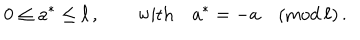
0 \leq a ^ { * } \leq \ell \, , \qquad \mathrm { w i t h } \quad a ^ { * } = - a \quad ( \mathrm { m o d } \, \ell ) \, .